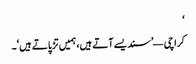
‘
کراچی — ’سندیسے آتے ہیں، ہمیں تڑپاتے ہیں‘۔